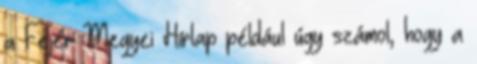
a Fejér Megyei Hírlap például úgy számol, hogy a